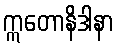
ဣတောနိဒါနာ